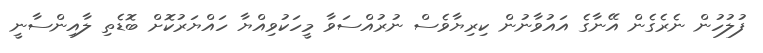
ފުލުހުން ނެރެގެން އޭނާގެ އައުވާނުން ކިރިޔާވެސް ނުރުއްސަވާ މީހަކުވިއްޔާ ހައްޔަރުކޮށް ބޮޑެތި ލާއިންސާނީ